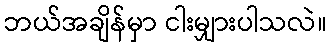
ဘယ်အချိန်မှာ ငါးမျှားပါသလဲ။